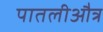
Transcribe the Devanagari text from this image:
पातलीऔत्र